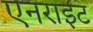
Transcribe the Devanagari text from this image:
एनराइट